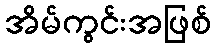
အိမ်ကွင်းအဖြစ်